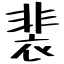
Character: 裴